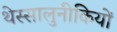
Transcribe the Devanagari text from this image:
थेस्सालुनीकियों